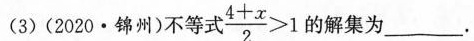
(3)(2020·锦州)不等式 $$\frac{4+x}{2}>1$$ 的解集为___。